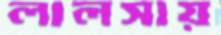
লালসায়